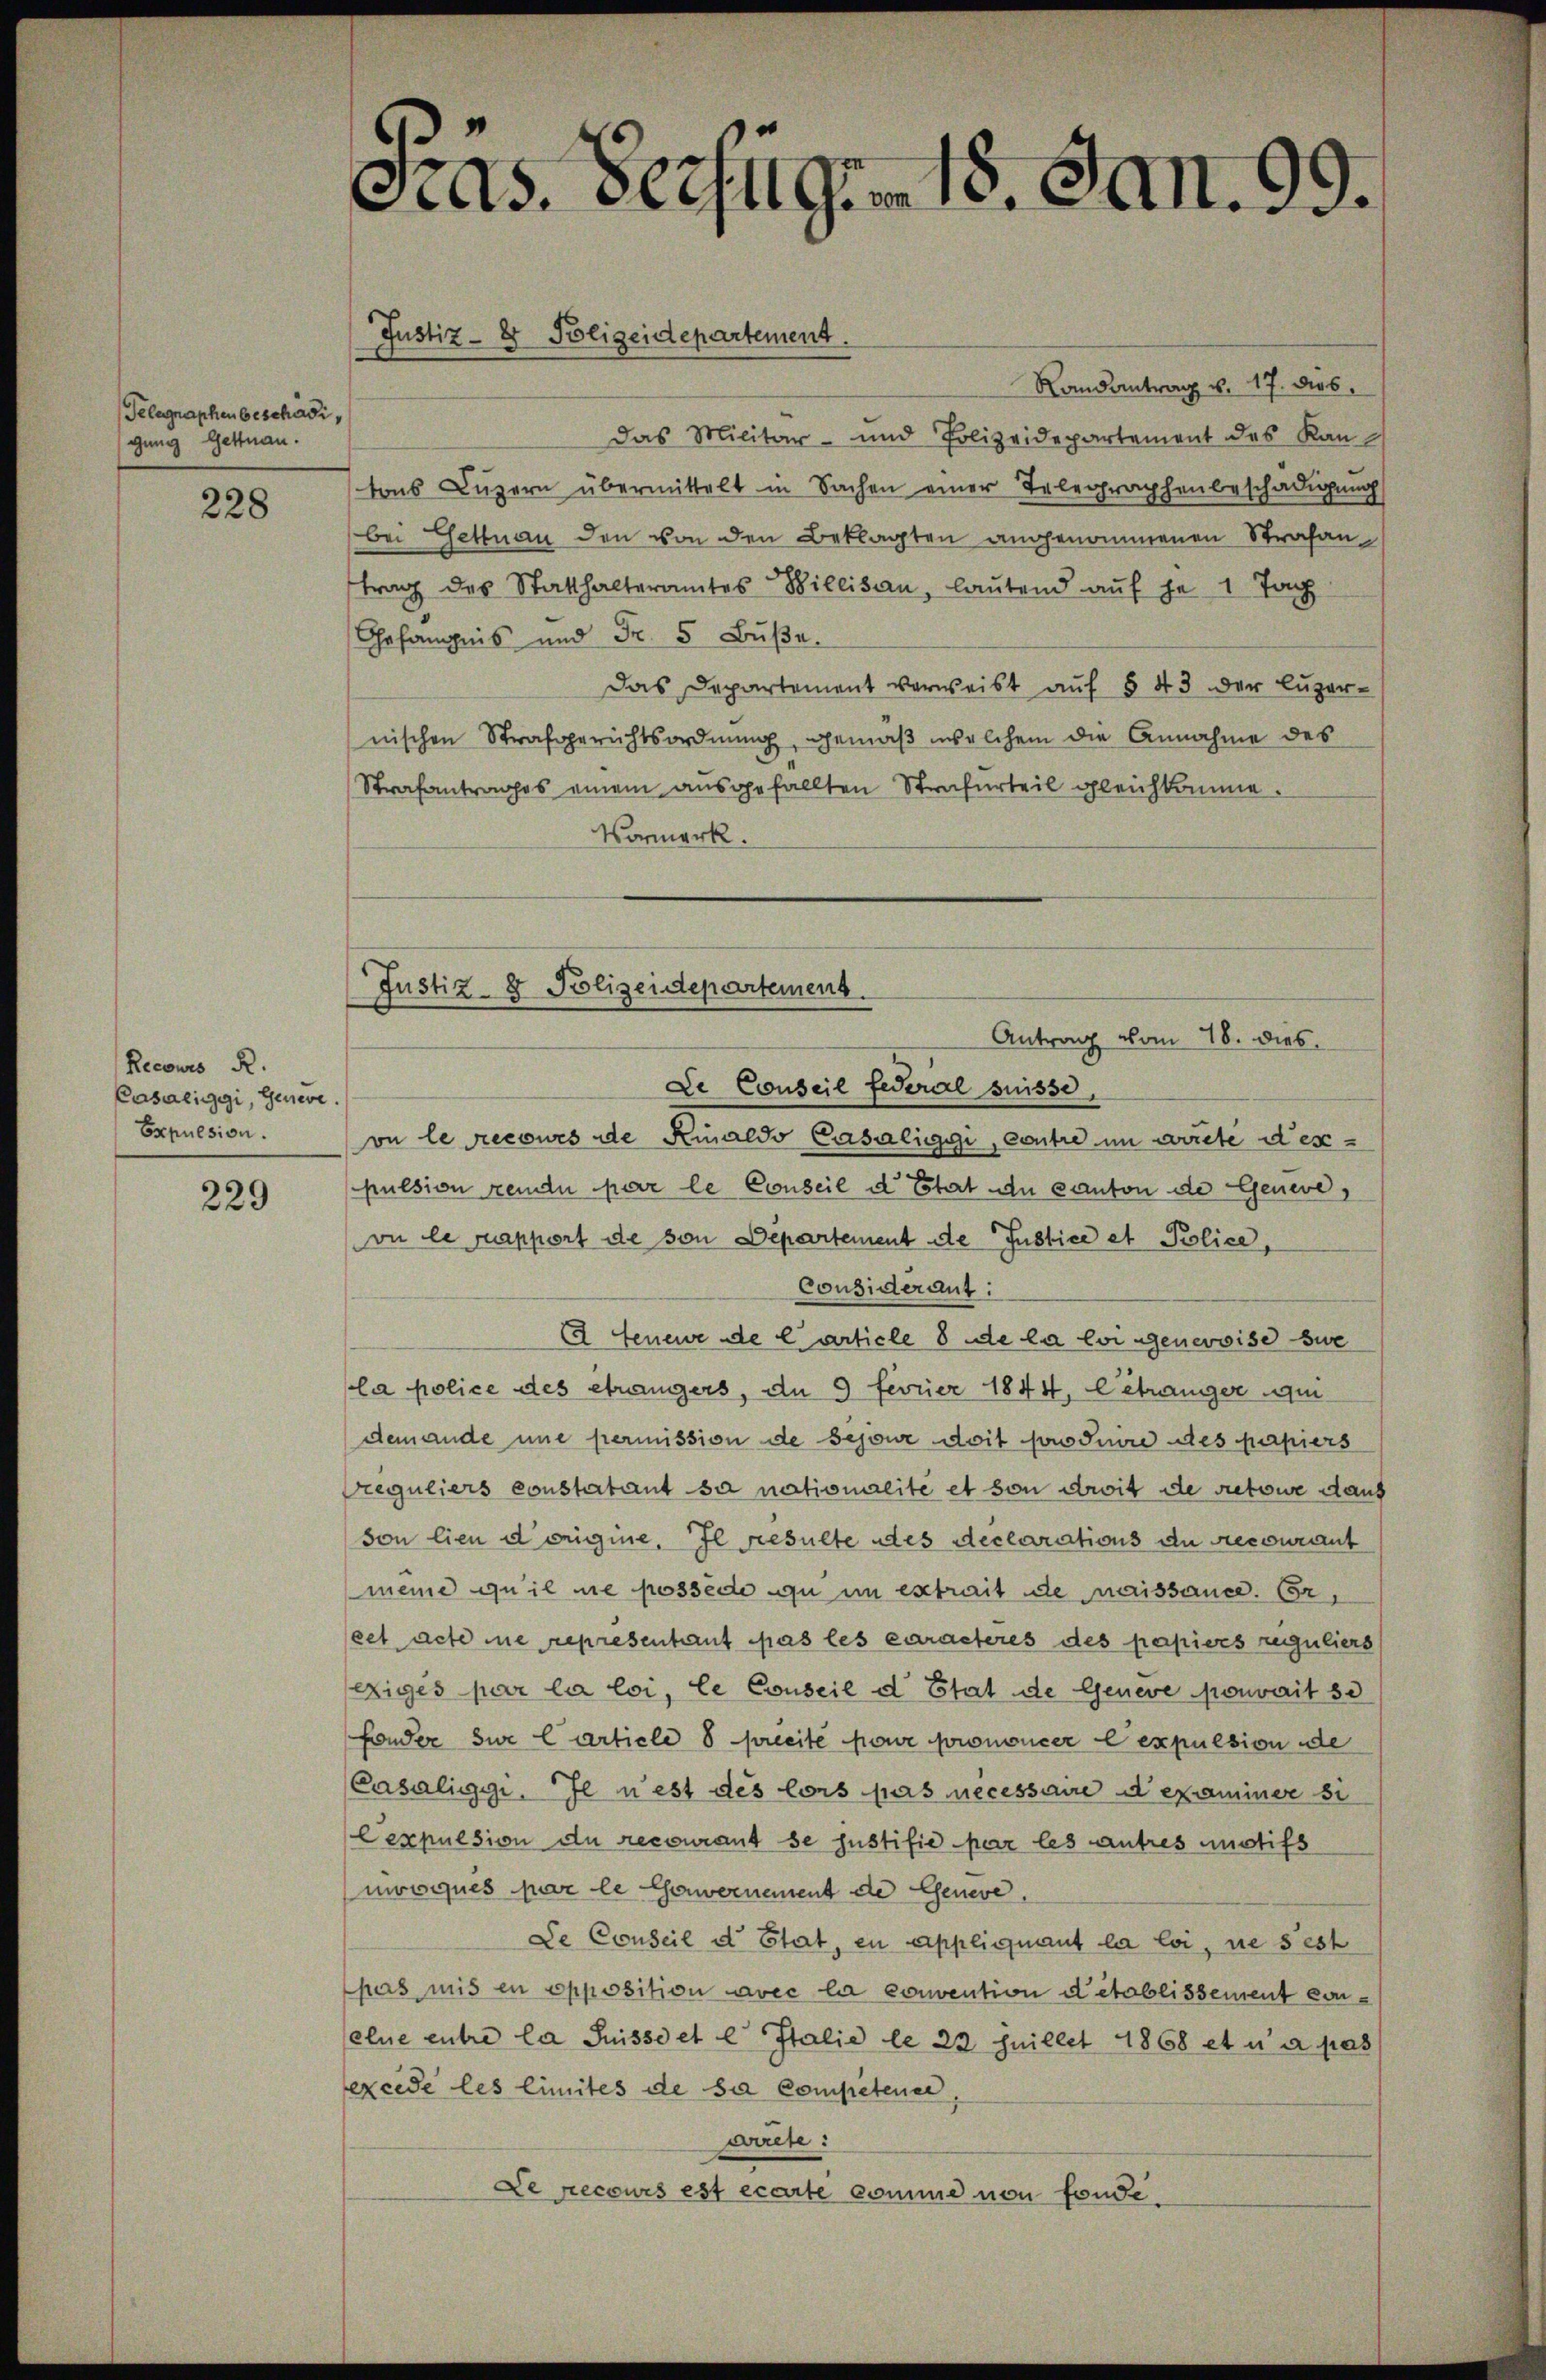
Telegraphen beschädigung Gettnau.

228

Recours R.
Casaeiggi, Genere.
Expulsion.

229

cras. Seiterm 18. Jan. 99.

Randantrag u. 17. dies
Das Militär- und Polizeidepartement des Kan
tons Luzern übermittelt in Sachen einer Telegraphenbeschädigung
bei Gettnau den von den Beklagten angenommenen Strafan
trag des Statthalteramtes Willisau, lautend auf je 1 Tag
Gefängnis und Fr. 5 Buße
Das Departement verweist auf § 43 der Luzernischen Strafgerichtsordnung, gemäß welchem die Annahme des
Strafantrages einem ausgefallten Strafurteil gleichkomme.
Vormerk.
Antrag vom 18. dies
Le Conseil Federal suisse
on le recowes de Rinaldo Casaliggi, contre im arrete despulsion keinen par le Conseil d Estert du canton de Geneve,
vo le rapport de von Departement de Justice et Police,
Considérant:
A Jenewe de Carticle 8 de la loi genevoise sie
la police des étrangers, an 5 Fevrier 1844, Citronniger qui
demande une permission de Sejour doit prodiure des papiers
Preguliers constatant sa nationalité et von droit de retone daus
son lieu d origine. Il resulte des declarations de recourant
meine qu’il ne possede zu in extrait de naissance. Er,
set acte ne representant pas les caracteres des papiers reguliers
exiges par la loi, le Conseil d Etat de Geneve pouvait 50
fonder sie larticle 8 precité pour prononcer lexpulsion de
Casaliggi. Je nest des lors pas necessaire d examiner si
Cexpulsion du recourant se justifié par les autres unstifs
movoques par le Gawernement de Genere,
De Conseil d Etat, en appliquant la loi, ne s’est
Chors mis en opposition avec la convention d’établissement conelne entre la Suisse et e Italie le 22 Juillet 1868 et u a pas
excède les limites de sa competener,
wirte:
Le recours est écarte comme von fonde

Justiz- & Polizeidepartement.

Justiz- & Polizeidepartement